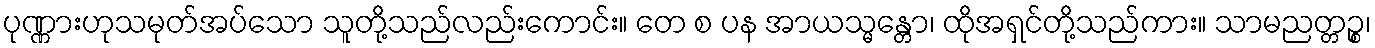
ပုဏ္ဏားဟုသမုတ်အပ်သော သူတို့သည်လည်းကောင်း။ တေ စ ပန အာယသ္မန္တော၊ ထိုအရှင်တို့သည်ကား။ သာမညတ္တဉ္စ၊